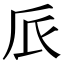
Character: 𠂢